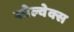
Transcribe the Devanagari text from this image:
सोल्वेक्स